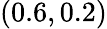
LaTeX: (0.6,0.2)